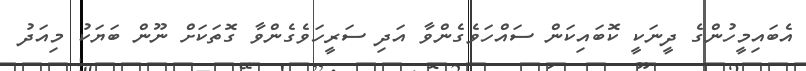
އެބައިމީހުންގެ ދީނަކީ ކޮބައިކަން ސައްހަވެގެންވާ އަދި ސަރީހަވެގެންވާ ގޮތަކަށް ނޫން ބަޔަކު މިއަދު